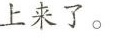
上来了。